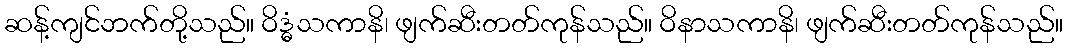
ဆန့်ကျင်ဘက်တို့သည်။ ဝိဒ္ဓံသကာနိ၊ ဖျက်ဆီးတတ်ကုန်သည်။ ဝိနာသကာနိ၊ ဖျက်ဆီးတတ်ကုန်သည်။